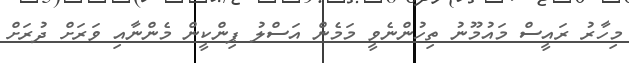
މިހާރު ރައީސް މައުމޫނު ތިހުންނެވީ މަމެން އަސްލު ޕިންކީން މެންނާއި ވަރަށް ދުރަށް